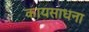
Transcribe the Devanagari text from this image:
कायसाधना